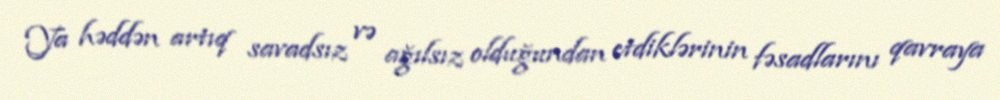
Ya həddən artıq savadsız və ağılsız olduğundan etdiklərinin fəsadlarını qavraya